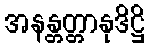
အနန္တတ္တာနုဒိဋ္ဌိ